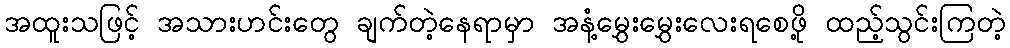
အထူးသဖြင့် အသားဟင်းတွေ ချက်တဲ့နေရာမှာ အနံ့မွှေးမွှေးလေးရစေဖို့ ထည့်သွင်းကြတဲ့